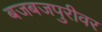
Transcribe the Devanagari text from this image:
बजबजपुरीवर